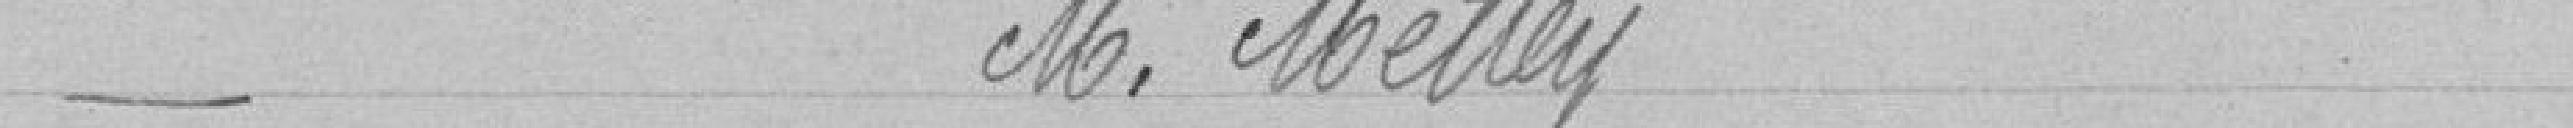
Bureau de Bienfaisance   Monsieur METTEY